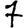
Digit: 7